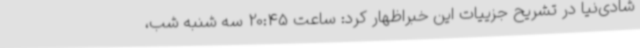
شادی‌نیا در تشریح جزییات این خبراظهار کرد: ساعت 20:45 سه شنبه شب،